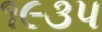
૧૯૩પ